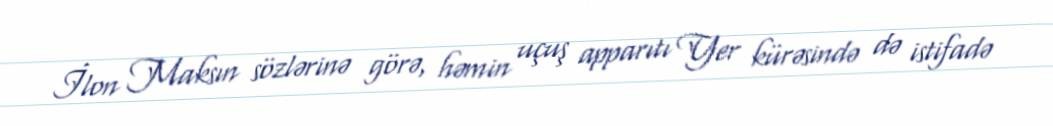
İlon Maksın sözlərinə görə, həmin uçuş apparıtı Yer kürəsində də istifadə